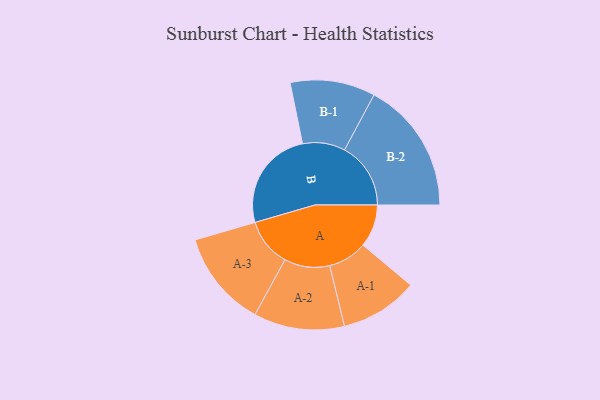
{"axis": {"x": "Segment", "y": "Value"}, "legend": ["", "A", "B"], "data": [{"x": "A", "y": 193, "type": ""}, {"x": "B", "y": 458, "type": ""}, {"x": "A-1", "y": 176, "type": "A"}, {"x": "A-2", "y": 205, "type": "A"}, {"x": "A-3", "y": 218, "type": "A"}, {"x": "B-1", "y": 192, "type": "B"}, {"x": "B-2", "y": 299, "type": "B"}]}